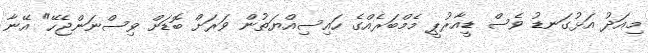
މިއަދު އަޅުގަނޑު ވެސް ޑީއާރުޕީ މެމްބަރެއްގެ ހައިސިއްޔަތުން ވަރަށް ބޮޑަށް ވިސްނަންޖެހޭ" އޭނާ